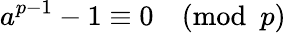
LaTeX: a^{p-1}-1\equiv 0{\pmod{p}}